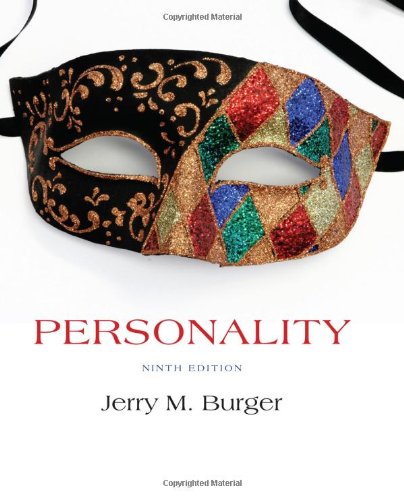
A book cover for Personality; Jerry M. Burger; Health, Fitness & Dieting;